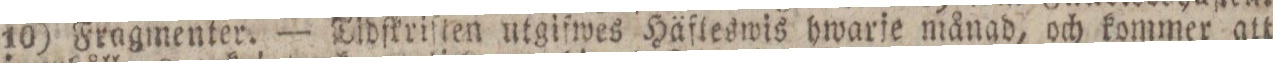
10) Fragmenter. — Tidſkriſten utgifwes Häfleswis hwarje månad, och kommer att